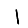
Digit: 1